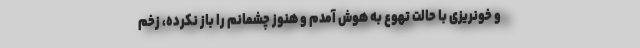
و خونریزی با حالت تهوع به هوش آمدم و هنوز چشمانم را باز نکرده، زخم